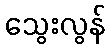
သွေးလွန်